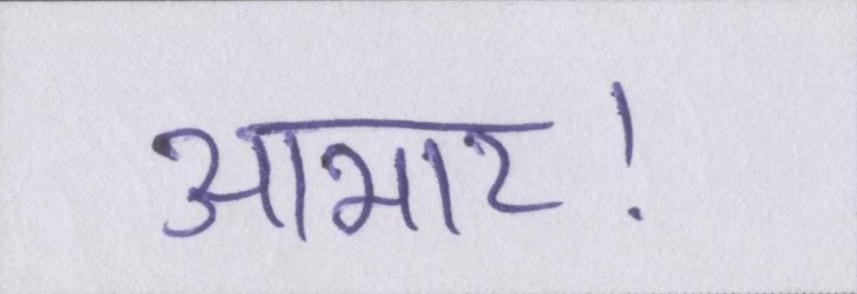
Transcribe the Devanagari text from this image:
आभार।